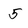
Character: 5